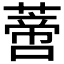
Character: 𰱼